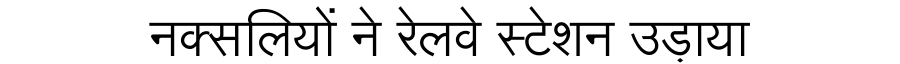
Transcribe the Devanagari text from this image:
नक्सलियों ने रेलवे स्टेशन उड़ाया